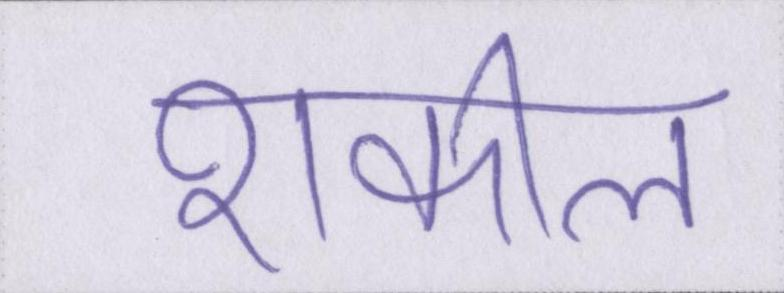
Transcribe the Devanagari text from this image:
शकील